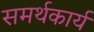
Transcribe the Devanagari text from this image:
समर्थकार्य